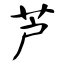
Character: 芦